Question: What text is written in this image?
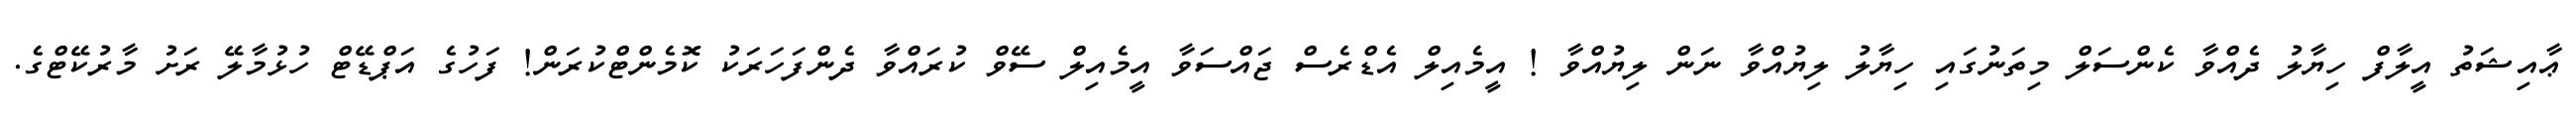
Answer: ޢާއިޝަތު އީލާފް ހިޔާލު ދެއްވާ ކެންސަލް މިތަނުގައި ހިޔާލު ލިޔުއްވާ ނަން ލިޔުއްވާ ! އީމެއިލް އެޑްރެސް ޖައްސަވާ އީމެއިލް ސޭވް ކުރައްވާ ދެންފަހަރަކު ކޮމެންޓްކުރަން! ފަހުގެ އަޕްޑޭޓް ހުޅުމާލޭ ރަށު މާރުކޭޓްގެ.